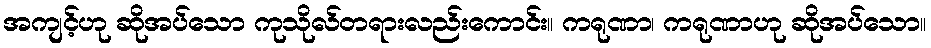
အကျင့်ဟု ဆိုအပ်သော ကုသိုလ်တရားလည်းကောင်း။ ကရုဏာ၊ ကရုဏာဟု ဆိုအပ်သော။